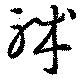
職